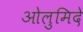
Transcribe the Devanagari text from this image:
ओलुमिदे